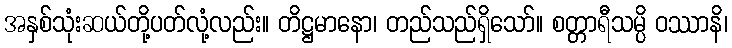
အနှစ်သုံးဆယ်တို့ပတ်လုံ့လည်း။ တိဋ္ဌမာနော၊ တည်သည်ရှိသော်။ စတ္တာရီသမ္ပိ ဝဿာနိ၊